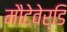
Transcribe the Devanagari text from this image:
मौटेवेर्डि